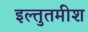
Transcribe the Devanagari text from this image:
इल्तुतमीश